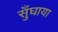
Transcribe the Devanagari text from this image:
सुँघाया